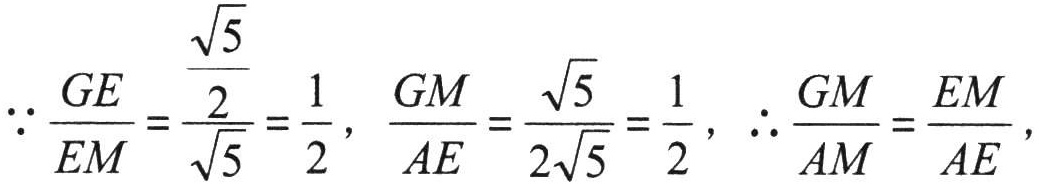
\(\because\frac{GE}{EM}=\frac{\frac{\sqrt{5}}{2}}{\sqrt{5}}=\frac{1}{2},\ \frac{GM}{AE}=\frac{\sqrt{5}}{2\sqrt{5}}=\frac{1}{2},\ \therefore\frac{GM}{AM}=\frac{EM}{AE},\)